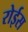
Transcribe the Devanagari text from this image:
रोईस